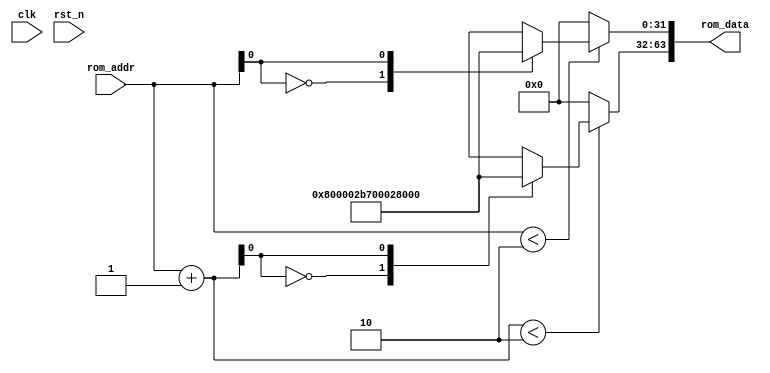
//************************************************************
// See LICENSE for license details.
//
// Module: uv_rom_logic
//
// Designer: Owen
//
// Description:
//      ROM Logic for Boot.
//      This file was automatically generated by rom_gen.py
//      at 20:09:30, 2023/03/13.
//************************************************************

`timescale 1ns / 1ps

module uv_rom_logic
#(
    parameter ROM_AW = 10
)
(
    input                           clk,
    input                           rst_n,

    input  [ROM_AW-1:0]             rom_addr,
    output [63:0]                   rom_data
);

    localparam ROM_DP = 2;
    wire [31:0] rom_array [0:ROM_DP-1];
    wire [31:0] rom_data0;
    wire [31:0] rom_data1;
    wire [ROM_AW-1:0] rom_addr_add;

    assign rom_addr_add = rom_addr + 1'b1;
    assign rom_data0    = rom_addr < ROM_DP[ROM_AW-1:0] ? rom_array[rom_addr] : 32'h0;
    assign rom_data1    = rom_addr_add < ROM_DP[ROM_AW-1:0] ? rom_array[rom_addr_add] : 32'h0;
    assign rom_data     = {rom_data1, rom_data0};

    assign rom_array[0] = 32'h800002b7;
    assign rom_array[1] = 32'h00028067;

endmodule